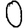
Digit: 0